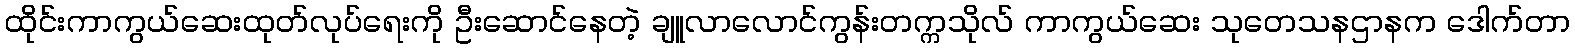
ထိုင်းကာကွယ်ဆေးထုတ်လုပ်ရေးကို ဦးဆောင်နေတဲ့ ချူလာလောင်ကွန်းတက္ကသိုလ် ကာကွယ်ဆေး သုတေသနဌာနက ဒေါက်တာ